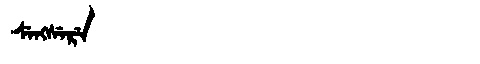
Manchu: ᠰᡝᠩᠰᡝᡵᡝ
Romanization: SENGSERE